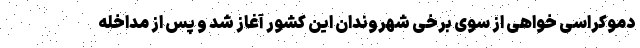
دموکراسی خواهی از سوی برخی شهروندان این کشور آغاز شد و پس از مداخله